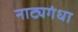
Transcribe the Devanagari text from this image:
नाट्यगंधा